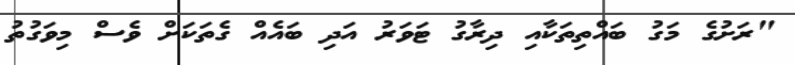
"ރަށުގެ މަގު ބައްތިތަކާއި ދިރާގު ޓަވަރު އަދި ބައެއް ގެތަކަށް ވެސް މިވަގުތު